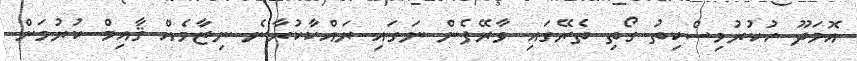
އޮމަދޫ ހުކުރުމިސްކިތު ގޯތި ތެރޭގައި ވާރޭފެން ނަގައި ރައްކާކުރާނެ ނިޒާމެއް ޤާއިމް ކުރުމަށް